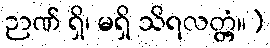
ဉာဏ် ရှိ၊ မရှိ သိရလတ္တံ့။)